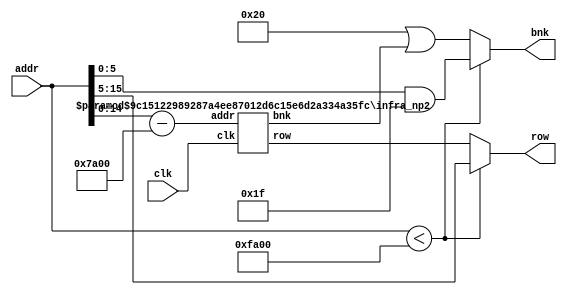
module infra_np2
#(
parameter NUMADDR = 90000,
parameter BITADDR = 17,
parameter NUMVROW = 2000,
parameter BITVROW = 11,
parameter NUMVBNK = 45,
parameter BITVBNK = 6
)
(
input clk,
input [BITADDR-1:0] addr,
output reg [BITVBNK-1:0] bnk,
output reg [BITVROW-1:0] row
);

`define LG(x)  x <= 1 << 1 ? 1 : x <= 1<<2 ? 2 : x <= 1<<3 ? 3 : x <= 1<<4 ? 4 : x <= 1<<5 ? 5 : x <= 1<<6 ? 6 : x <= 1<<7 ? 7 : x <= 1<<8 ? 8 : x <= 1<<9 ? 9 : x <= 1<<10 ? 10 : x <= 1<<11 ? 11 : x <= 1<<12 ? 12 : x <= 1<<13 ? 13 : x <= 1<<14 ? 14 : x <= 1<<15 ? 15 : x <= 1<<16 ? 16 : x <= 1<<17 ? 17 : x <= 1<<18 ? 18 : x <= 1<<19 ? 19 : x <= 1<<20 ? 20 : x <= 1<<21 ? 21 : x <= 1<<22 ? 22 : x <= 1<<23 ? 23 : x <= 1<<24 ? 24 : x <= 1<<25 ? 25 : x <= 1<<26 ? 26 : x <= 1<<27 ? 27 : x <= 1<<28 ? 28 : x <= 1<<29 ? 29 : x <= 1<<30 ? 30 : x <= 1<<31 ? 31 : x <= 1<<32 ? 32 : -1

`define POPCNT(x) (x >> 0 & 1'b1) + (x >> 1 & 1'b1) + (x >> 2 & 1'b1) + (x >> 3 & 1'b1) + (x >> 4 & 1'b1) + (x >> 5 & 1'b1) + (x >> 6 & 1'b1) + (x >> 7 & 1'b1) + (x >> 8 & 1'b1) + (x >> 9 & 1'b1) + (x >> 10 & 1'b1) + (x >> 11 & 1'b1) + (x >> 12 & 1'b1) + (x >> 13 & 1'b1) + (x >> 14 & 1'b1) + (x >> 15 & 1'b1) + (x >> 16 & 1'b1) + (x >> 17 & 1'b1) + (x >> 18 & 1'b1) + (x >> 19 & 1'b1) + (x >> 20 & 1'b1) + (x >> 21 & 1'b1) + (x >> 22 & 1'b1) + (x >> 23 & 1'b1) + (x >> 24 & 1'b1) + (x >> 25 & 1'b1) + (x >> 26 & 1'b1) + (x >> 27 & 1'b1) + (x >> 28 & 1'b1) + (x >> 29 & 1'b1) + (x >> 30 & 1'b1) + (x >> 31 & 1'b1) 

integer i1;
parameter numOneBnk = `POPCNT(NUMVBNK); 
parameter numOneRow = `POPCNT(NUMVROW); 

parameter REMAINDER = NUMVROW*NUMVBNK >  NUMADDR ? NUMADDR - NUMVROW*(NUMVBNK-1) : 0;
parameter BNKMAJOR = (REMAINDER ==  0 &&  numOneRow > numOneBnk) ? 1 : 0;
parameter POTROWS = 1 << BITVROW > NUMVROW ? 1 << (BITVROW-1) : 1 << BITVROW;
parameter POTBNKS = 1 << BITVBNK > NUMVBNK ? 1 << (BITVBNK-1) : 1 << BITVBNK;

parameter NEW_NUMVROW = NUMVROW- POTROWS;
parameter NEW_BITVROW = `LG(NEW_NUMVROW);
wire [NEW_BITVROW-1:0] row_tmpr;
wire [BITVBNK-1:0] bnk_tmpr;
parameter NEW_NUMADDR_R = NUMADDR - (NUMVBNK-1) * POTROWS - ((REMAINDER == 0 || REMAINDER > POTROWS) ?  POTROWS : REMAINDER);
parameter NEW_BITADDR_R = `LG(NEW_NUMADDR_R);
generate if(!BNKMAJOR && NUMVROW > POTROWS) begin :RowMajor
	infra_np2 #(.NUMADDR(NEW_NUMADDR_R), .BITADDR(NEW_BITADDR_R), .NUMVROW(NEW_NUMVROW), .BITVROW(NEW_BITVROW), .NUMVBNK(NUMVBNK), .BITVBNK(BITVBNK))
	np2_recursive(.clk(clk), .addr(addr-(NUMADDR-NEW_NUMADDR_R)), .bnk(bnk_tmpr), .row(row_tmpr));
end
endgenerate

parameter NEW_NUMVBNK = NUMVBNK- POTBNKS;
parameter NEW_BITVBNK = `LG(NEW_NUMVBNK);
wire [BITVROW-1:0] row_tmpb;
wire [NEW_BITVBNK-1:0] bnk_tmpb;
parameter NEW_NUMADDR_B = NUMADDR - NUMVROW * POTBNKS;
parameter NEW_BITADDR_B = `LG(NEW_NUMADDR_B);
generate if(BNKMAJOR && NUMVBNK > POTBNKS) begin : BnkMajor
	infra_np2 #(.NUMADDR(NEW_NUMADDR_B), .BITADDR(NEW_BITADDR_B), .NUMVROW(NUMVROW), .BITVROW(BITVROW), .NUMVBNK(NEW_NUMVBNK), .BITVBNK(NEW_BITVBNK))
	np2_recursive(.clk(clk), .addr(addr-(NUMVROW*POTBNKS)), .bnk(bnk_tmpb), .row(row_tmpb));
end
endgenerate

always @(*) begin
	if(BNKMAJOR) begin
		if(addr < NUMVROW*POTBNKS) begin
			row <= NUMVBNK > POTBNKS ? addr >> (BITVBNK-1) : addr >> BITVBNK;
			bnk <= addr & ~POTBNKS;
		end
		else begin
			row <= row_tmpb;
			bnk <= POTBNKS | bnk_tmpb;
		end
	end
	else begin
		if(addr < NUMADDR - NEW_NUMADDR_R) begin
			row <= addr & ~POTROWS;
			bnk <= NUMVROW > POTROWS ? addr >> (BITVROW-1) : addr >> BITVROW;
		end
		else begin
			row <= POTROWS | row_tmpr;
			bnk <= bnk_tmpr;
		end
	end
end
endmodule